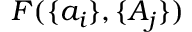
F ( \{ a _ { i } \} , \{ A _ { j } \} )